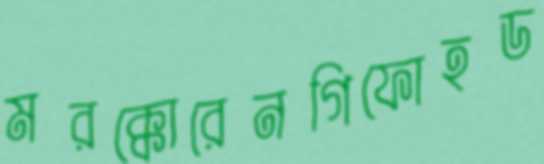
মরক্কোরেনগিফোহড